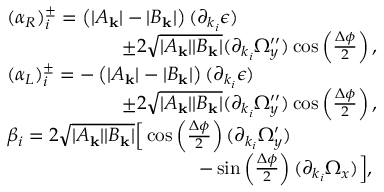
\begin{array} { r l } & { ( \alpha _ { R } ) _ { i } ^ { \pm } = \left( | A _ { \mathbf { k } } | - | B _ { \mathbf { k } } | \right) ( \partial _ { k _ { i } } \epsilon ) } \\ & { \qquad \qquad \qquad \pm 2 \sqrt { | A _ { \mathbf { k } } | | B _ { \mathbf { k } } | } ( \partial _ { k _ { i } } \Omega _ { y } ^ { \prime \prime } ) \cos \left( \frac { \Delta \phi } { 2 } \right) , } \\ & { ( \alpha _ { L } ) _ { i } ^ { \pm } = - \left( | A _ { \mathbf { k } } | - | B _ { \mathbf { k } } | \right) ( \partial _ { k _ { i } } \epsilon ) } \\ & { \qquad \qquad \qquad \pm 2 \sqrt { | A _ { \mathbf { k } } | | B _ { \mathbf { k } } | } ( \partial _ { k _ { i } } \Omega _ { y } ^ { \prime \prime } ) \cos \left( \frac { \Delta \phi } { 2 } \right) , } \\ & { \beta _ { i } = 2 \sqrt { | A _ { \mathbf { k } } | | B _ { \mathbf { k } } | } \Big [ \cos \left( \frac { \Delta \phi } { 2 } \right) ( \partial _ { k _ { i } } \Omega _ { y } ^ { \prime } ) } \\ & { \qquad \qquad \qquad \qquad \qquad - \sin \left( \frac { \Delta \phi } { 2 } \right) ( \partial _ { k _ { i } } \Omega _ { x } ) \Big ] , } \end{array}